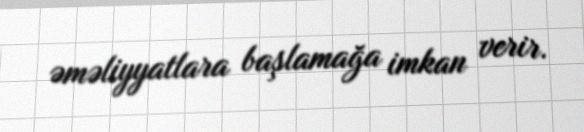
əməliyyatlara başlamağa imkan verir.